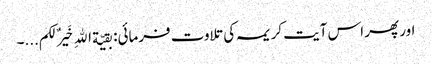
اور پھر اس آیت کریمہ کی تلاوت فرمائی: بقیّة اللهِ خَیرٌ لکم...۔